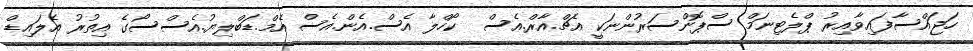
ހަޖައްސާފައިވާއިރު ޕްލެޓިނަމް ސްޕޮންސަރުންނަކީ އެޗް.އާރް.އެސް  ކޯހްލާ އެސް.އެން.އެސް އެމް.ޑަބްލިޔު.އެސްސޯގެ އިތުރު އެލައިޑް